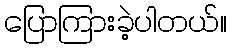
ပြောကြားခဲ့ပါတယ်။